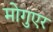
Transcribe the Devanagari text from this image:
मोगुएर